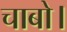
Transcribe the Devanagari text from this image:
चाबो।